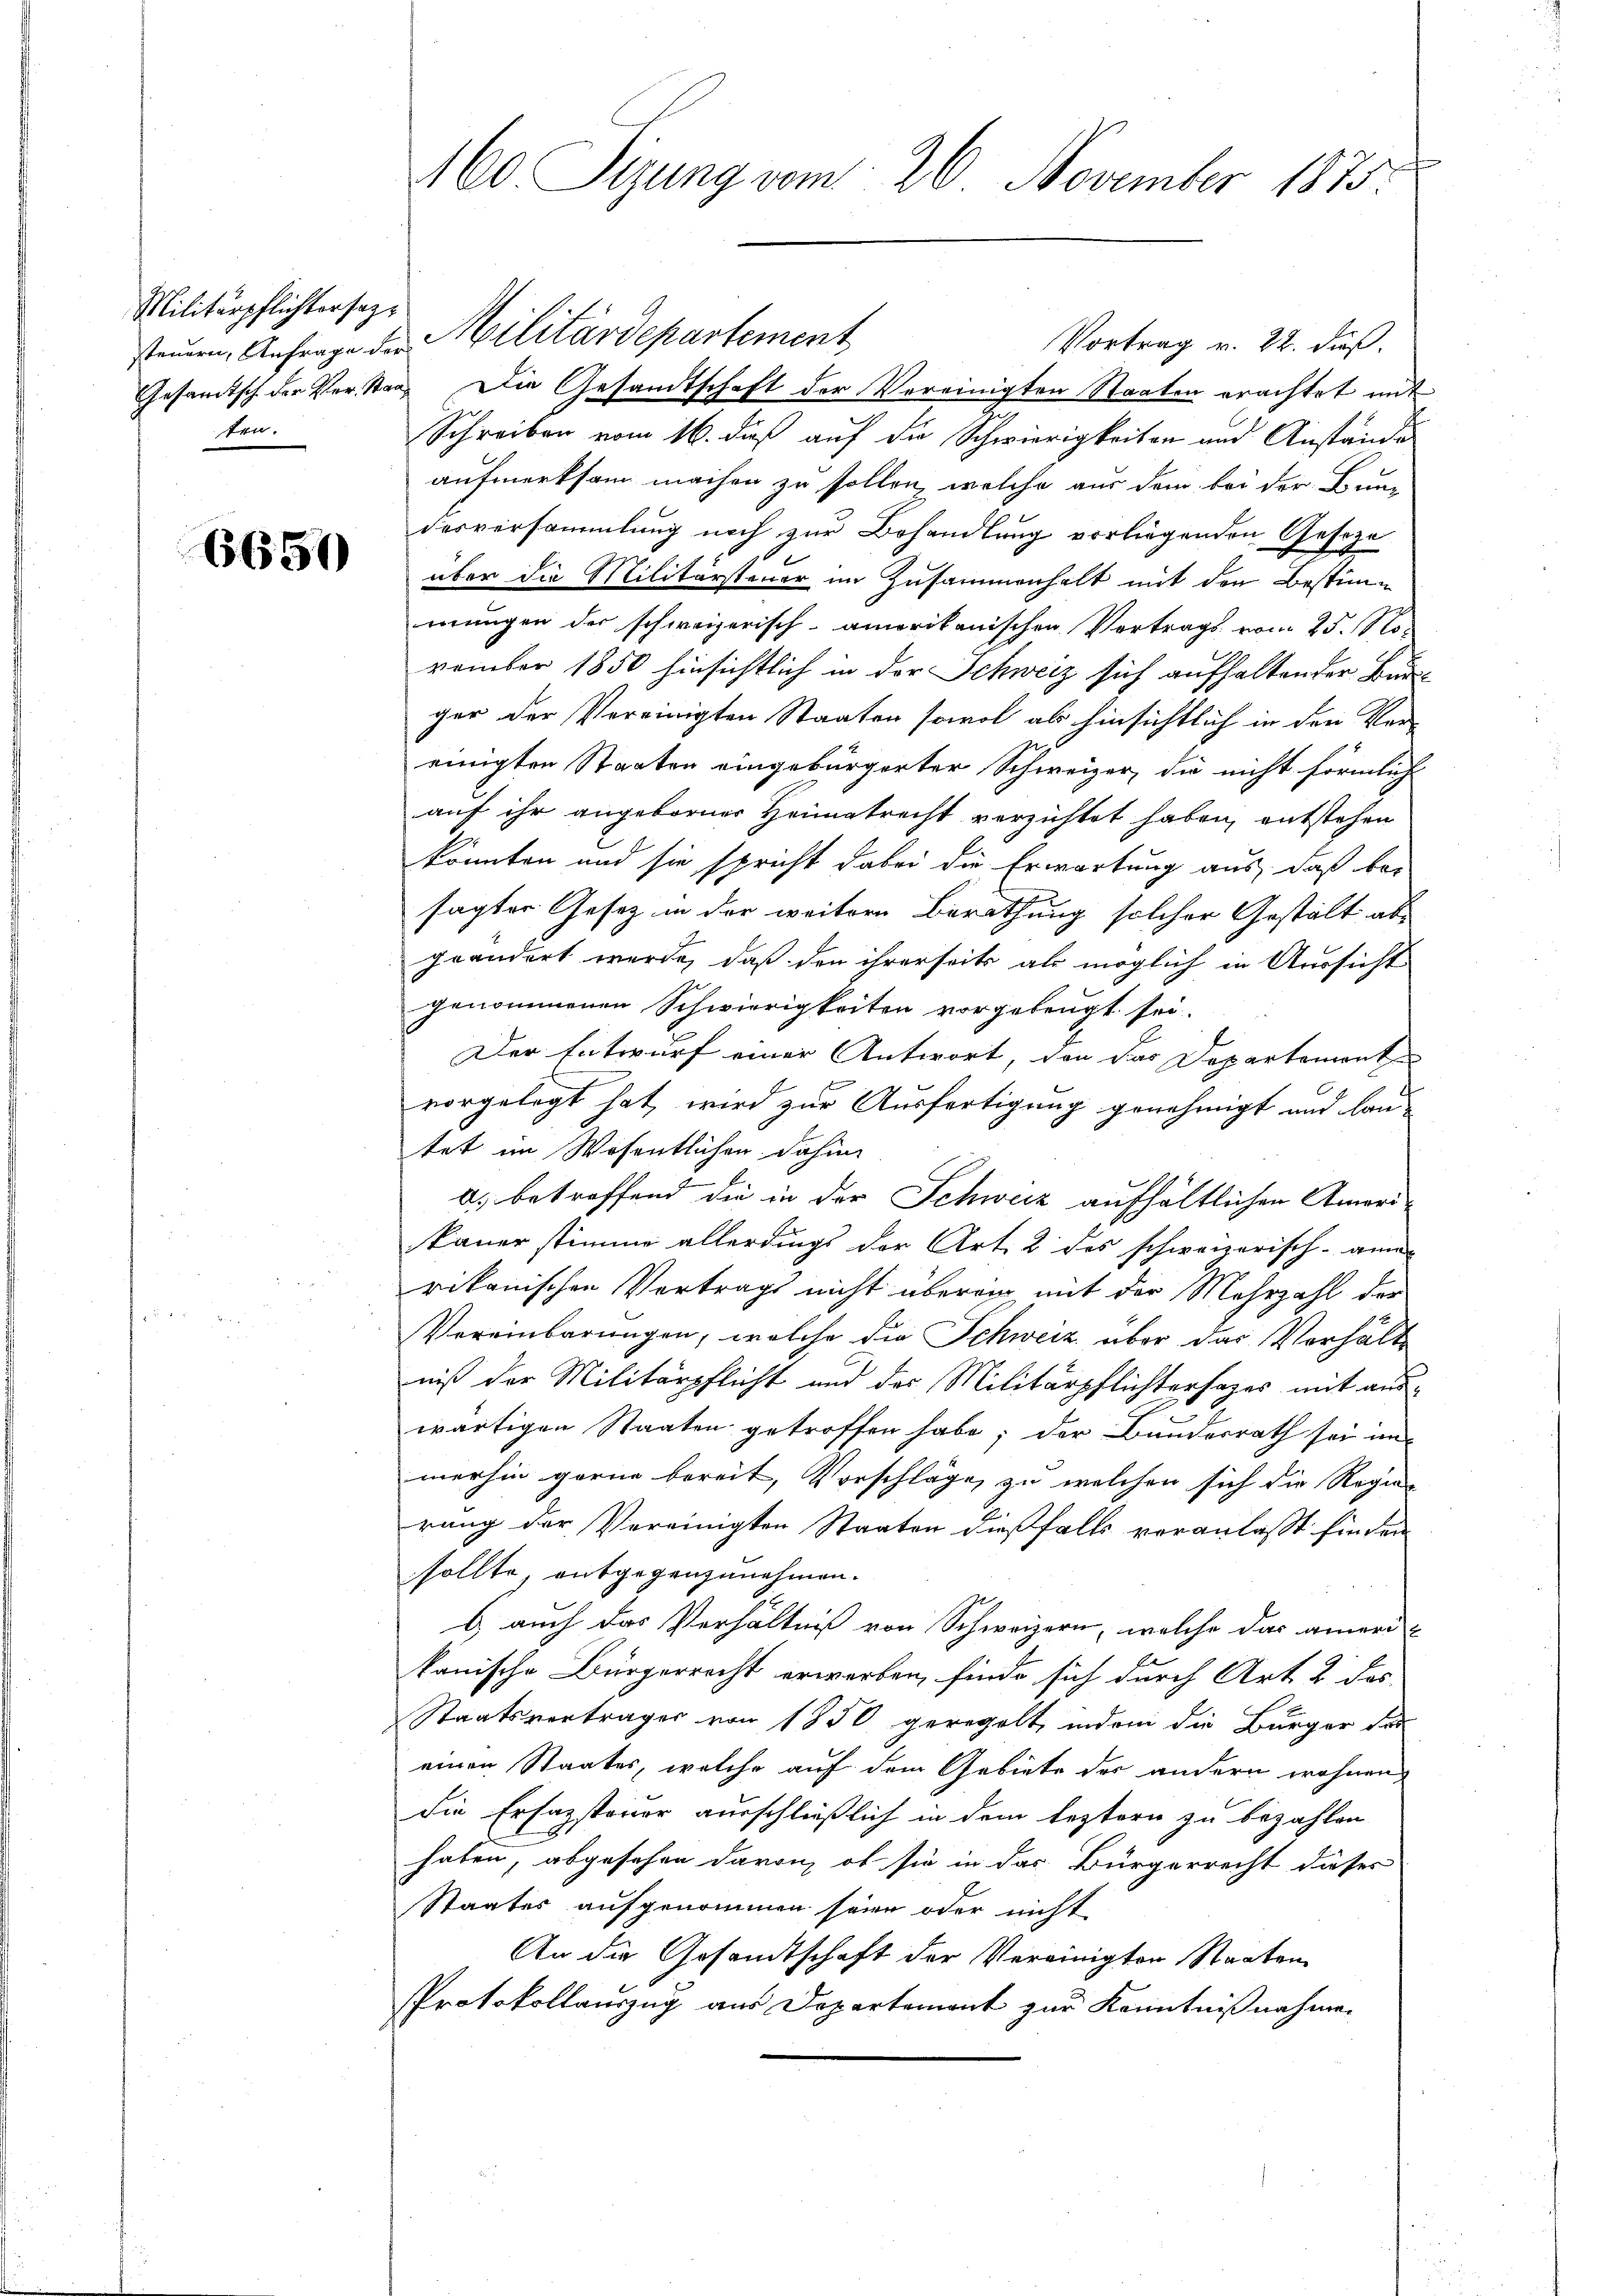
Militärpflichtersezten.

6650

160. Sizung vom 26. November 1875.

stauen, Anfrage der Militärdepartement
Vortrag v. 22. dieß.
Gesamtsch der Verstand. Die Gesandtschaft der Vereinigten Staaten erachtet mit
Schreiben vom 16. dieß auf die Schwierigkeiten und Anstände
aufmerksam machen zu sollen, welche aus dem bei der Bun-
desversammlung noch zur Behandlung vorliegenden Geseze
über die Militärsteuer im Zusammenhalt mit den Bestimwungen der schweizerisch-amerikanischen Vertrags vom 25. November 1850 hinsichtlich in der Schweiz sich aufhaltender Bunger der Vereinigten Staaten sowol als hinsichtlich in den Ver-
einigten Staaten eingebürgerter Schweizer, die nicht förmlich
auf ihr angeborner Heimatrecht verzichtet haben, entstehen
könnten und sie spricht dabei die Erwartung aus, daß bei
sagter Gesetz in der weitere Berathung solcher Gestalt abgeändert wurde, daß den ihrerseits als möglich in Aussicht
genommenen Schwierigkeiten vorgebeugt sei.
Der Entwurf einer Antwort, den das Departemont
vorgelegt hat, wird zur Ausfertigung genehmigt und lan-
tet im Wesentlichen dahin,
a. betreffend die in der Schweiz aufhältlichen Amerikauer stimme allerdings der Art. 2 des schweizerisch-ann-
rikanischen Vertrags nicht überein, mit der Mehrzahl der
Vereinbarungen, welche die Schweiz über das Verhält
niß der Militärpflicht und der Militärpflichtersages mit auswärtigen Staaten getroffen habe; der Bundesrath sei im
merhin gerne bereit, Vorschläge, zu welchen sich die Regie-
rung der Vereinigten Staaten dießfalls veranlaßt finden
sollte, entgegenzunehmen.
b auch das Verhältniß von Schweizern, welche das aner-
kanische Bürgerrecht erworben, finde sich durch Art. 2 dos
Staatsvertrages von 1850 geregelt, indem die Bürger der
einen Staates, welche auf dem Gebiete des andern wohnen,
die Ersazsteuer ausschließlich in dem leztern zu bezahlen
haben, abgesehen davon, ob sie in das Bürgerrecht dieses
Staates aufgenommen seien oder nicht
An die Gesandtschaft der Vereinigten Staaten
Protokollauszug aus Departement zur Kenntnißnahmen